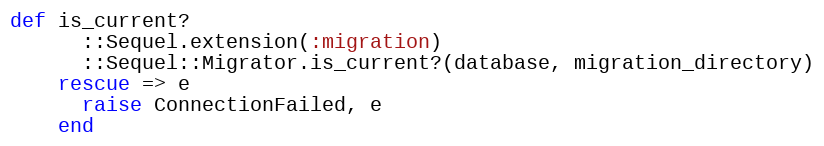
Language: Ruby
def is_current?
      ::Sequel.extension(:migration)
      ::Sequel::Migrator.is_current?(database, migration_directory)
    rescue => e
      raise ConnectionFailed, e
    end